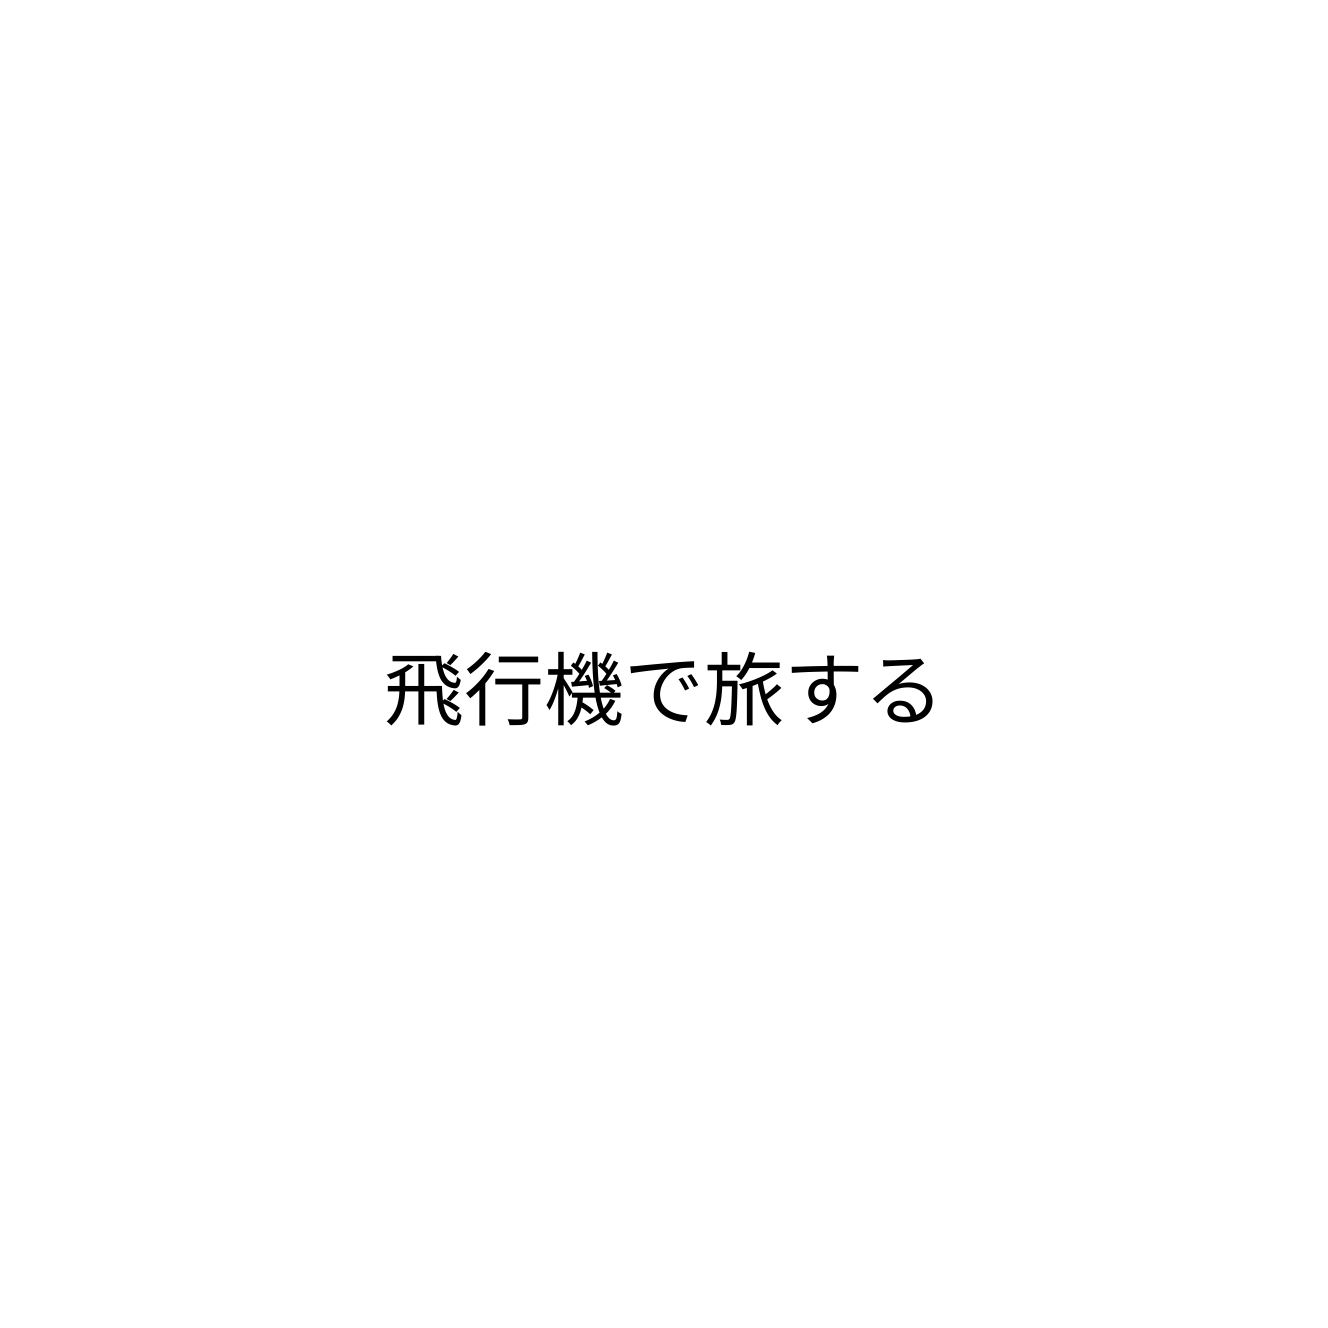
飛行機で旅する